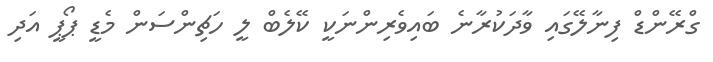
ގްރޭންޑް ފިނާލޭގައި ވާދަކުރާނެ ބައިވެރިންނަކީ ކޭލެބް ލީ ހަޗިންސަން މެޑީ ޕޯޕީ އަދި